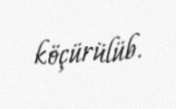
köçürülüb.